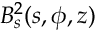
B _ { s } ^ { 2 } ( s , \phi , z )